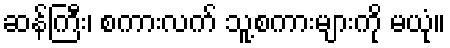
ဆန်ကြီး၊ စကားလက် သူ့စကားများကို မယုံ။